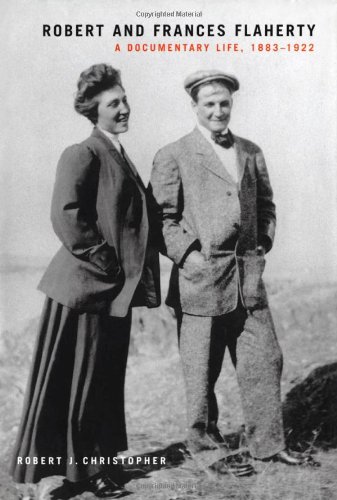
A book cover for Robert and Frances Flaherty: A Documentary Life, 1883-1922 (McGill-Queen's Native and Northern Series); History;